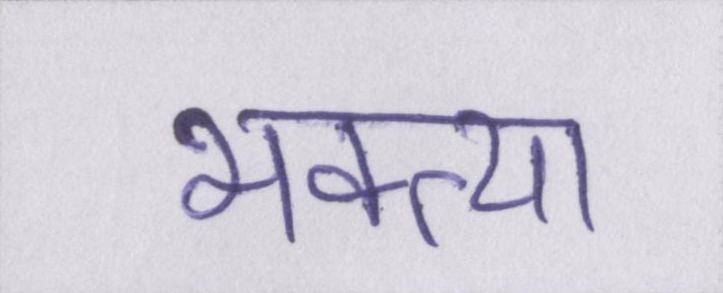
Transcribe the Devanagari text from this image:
भक्त्या